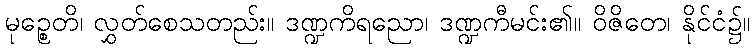
မုဉ္စေတိ၊ လွှတ်စေသတည်း။ ဒဏ္ဍကိရညော၊ ဒဏ္ဍကီမင်း၏။ ဝိဇိတေ၊ နိုင်ငံ၌။